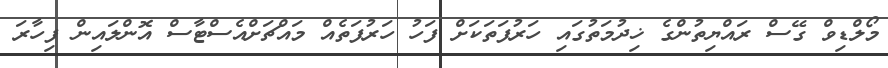
މޯލްޑިވް ގޭސް ރައްޔިތުންގެ ޚިދުމަތުގައި ހަރުފަތަކަށް ފަހު ހަރުފަތެއް މައްޗަށްއެސްޓާސް އޮންލައިން ފިހާރަ